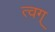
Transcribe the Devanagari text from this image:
त्वग्